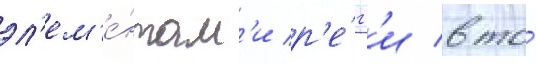
эл'ем'е́нтам'и р'е́гг'и в то́